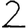
Digit: 2